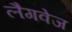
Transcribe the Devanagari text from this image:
लैगवेज